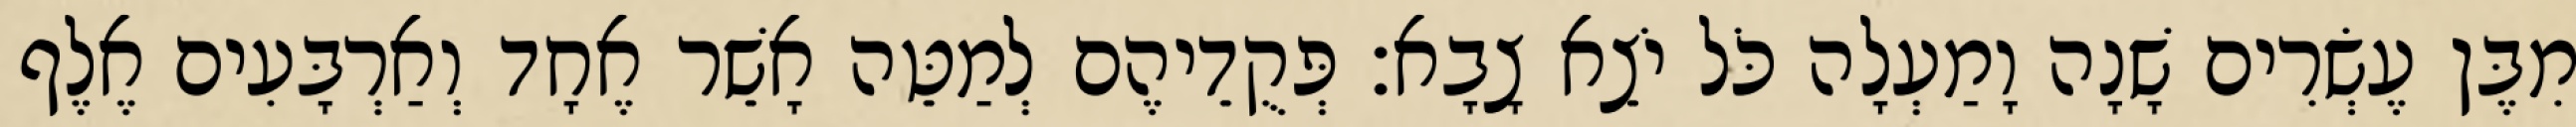
מִבֶּן עֶשְׂרִים שָׁנָה וָמַעְלָה כֹּל יֹצֵא צָבָא׃ פְּקֻדֵיהֶם לְמַטֵּה אָשֵׁר אֶחָד וְאַרְבָּעִים אֶלֶף